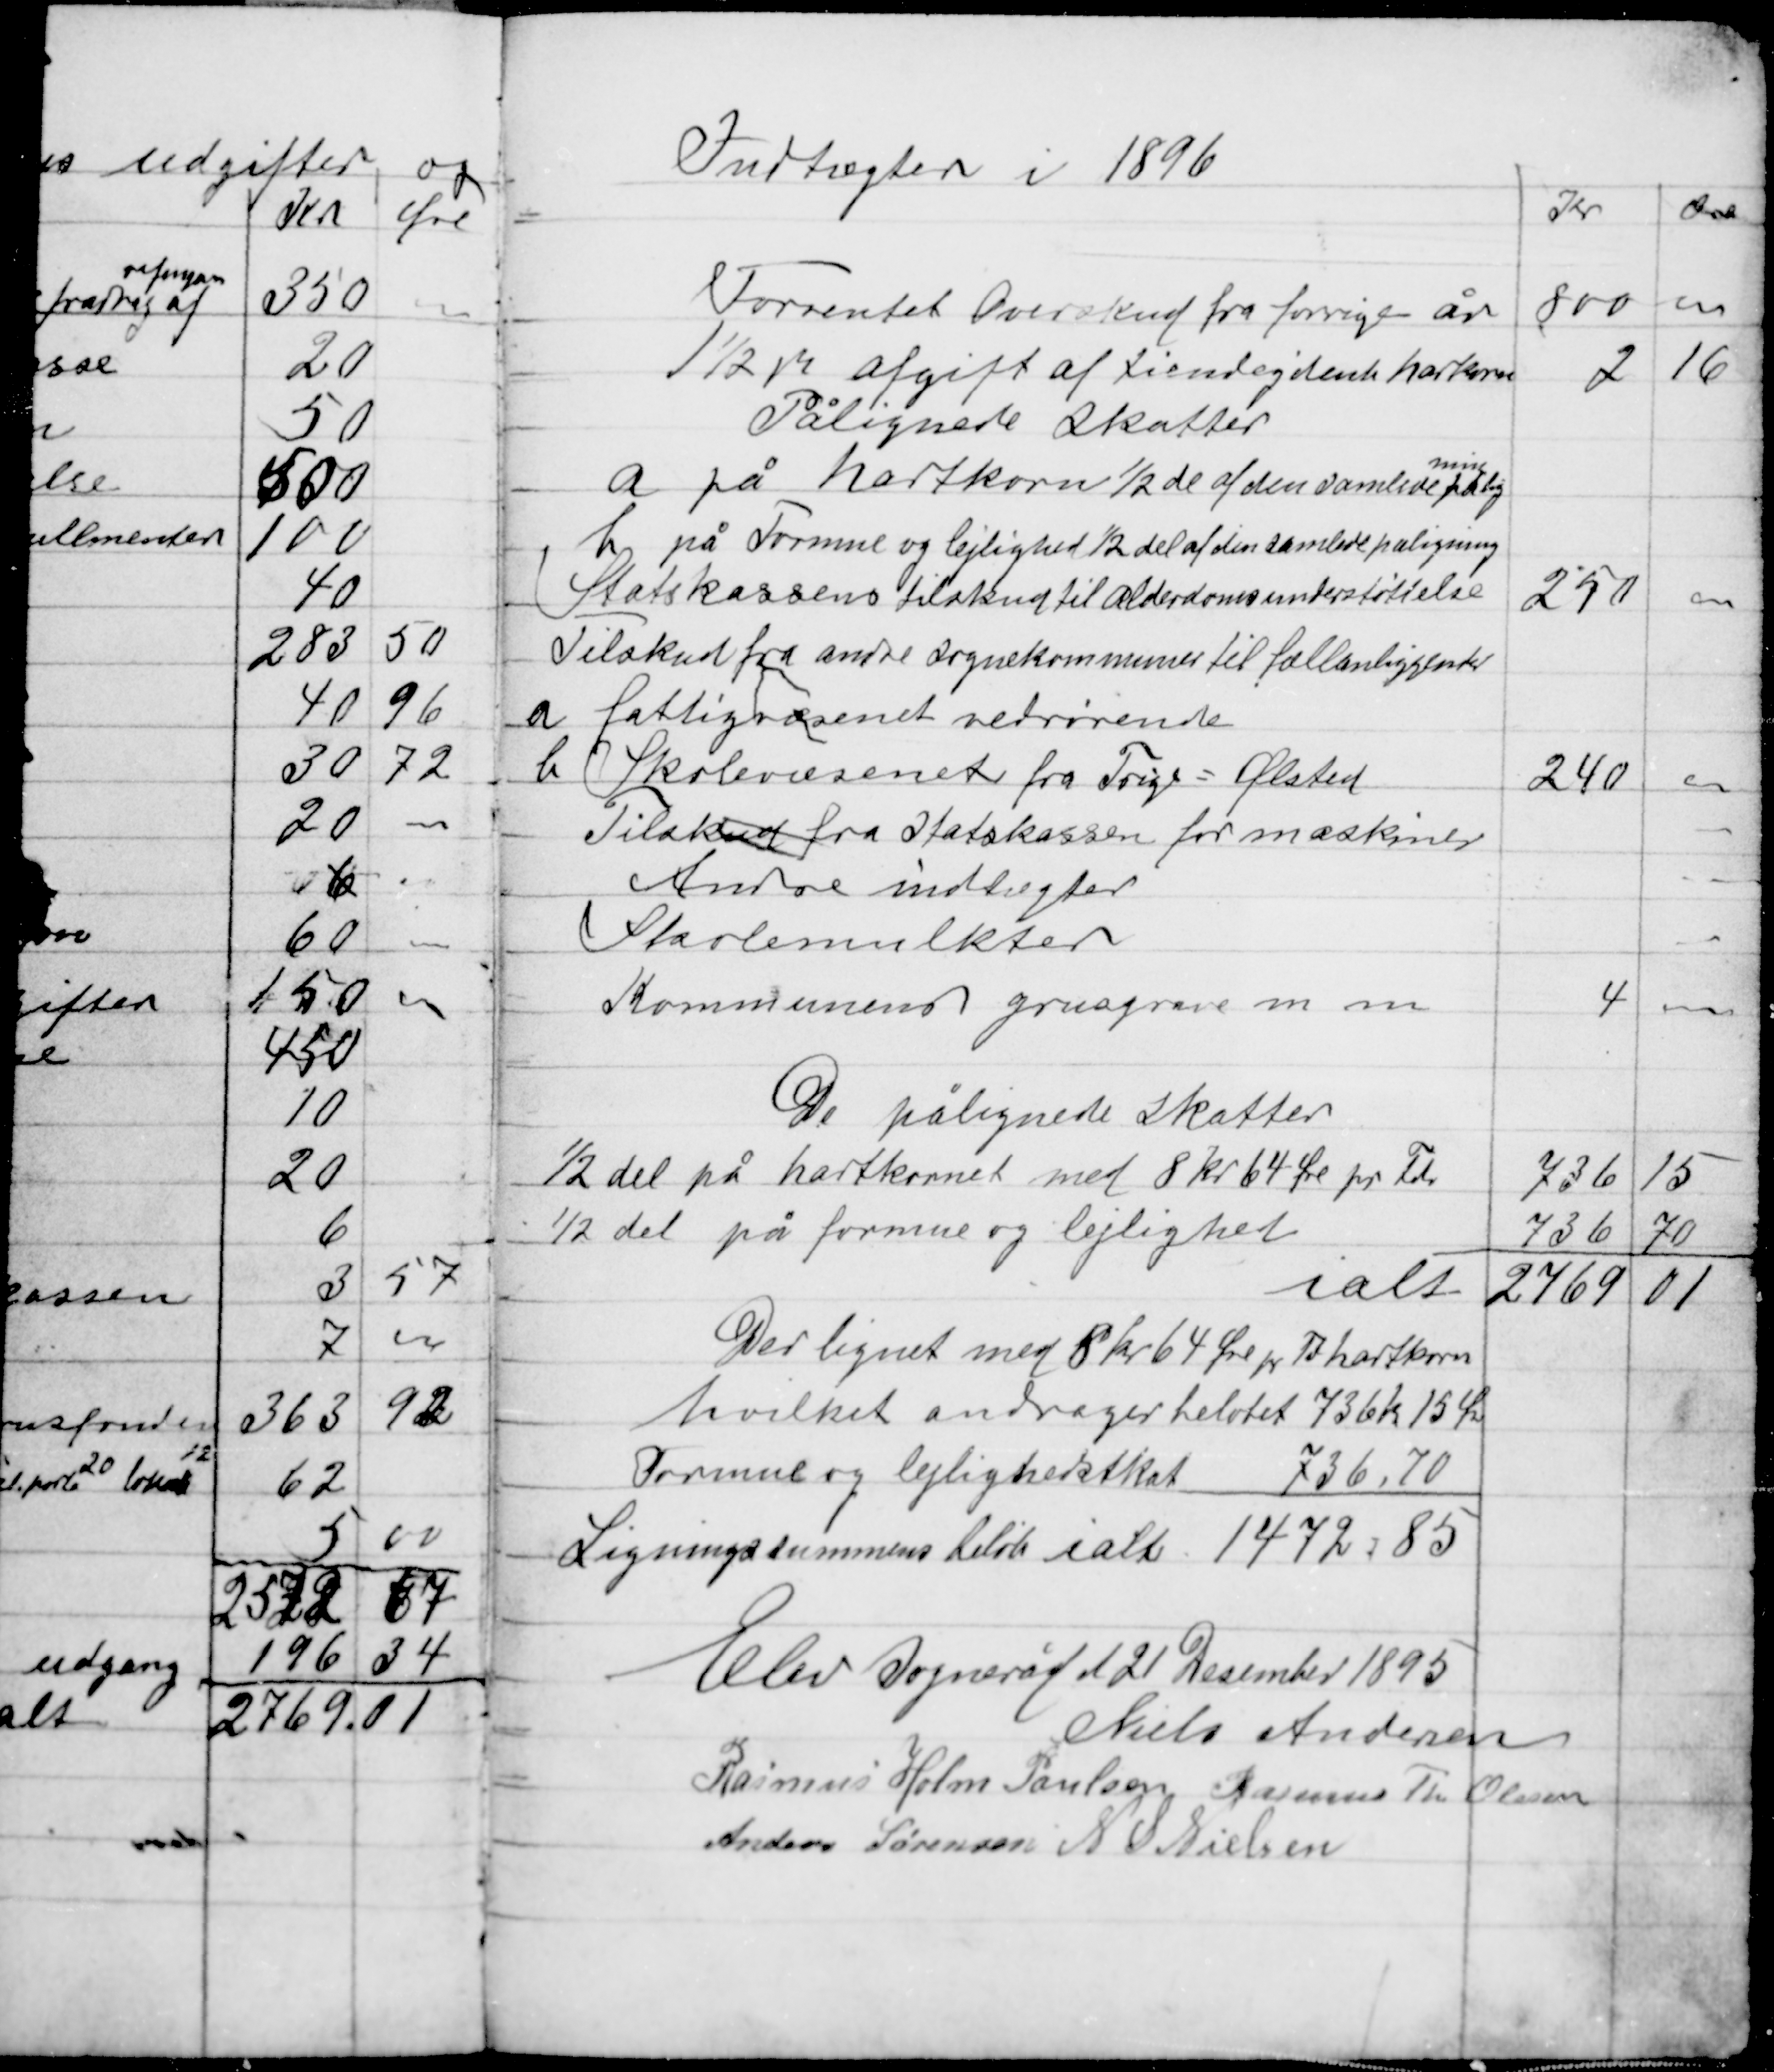
Transskription:
Indtægter i 1896

Der lignet med 8 kr 64 Øre pr Td hartkorn
hvilket andrager beløbet 736 kr 15 Øre
Formue og lejlighedsskat 736,70
Ligningssummens beløb ialt 1472,85

Elev sogneråd d 21 December 1895
Niels Andersen
Rasmus Holm Poulsen Rasmus Th. Olesen
Anders Sørensen N. S. Nielsen